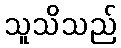
သူသိသည်